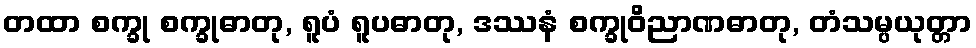
တထာ စက္ခု စက္ခုဓာတု, ရူပံ ရူပဓာတု, ဒဿနံ စက္ခုဝိညာဏဓာတု, တံသမ္ပယုတ္တာ